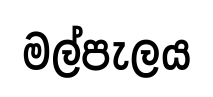
මල්පැලය